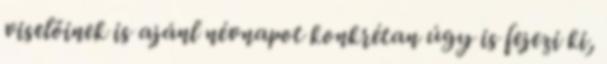
viselőinek is ajánl névnapot konkrétan úgy is fejezi ki,